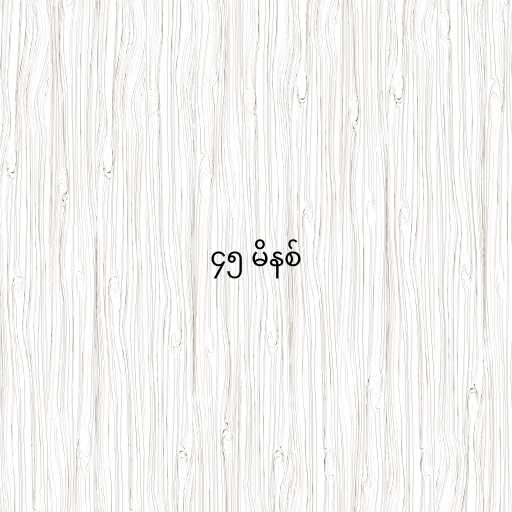
၄၅ မိနစ်